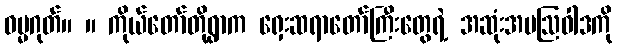
ဓမ္မဂုတ်။ ။ ကိုယ်တော်တို့ရွာက ရှေးဆရာတော်ကြီးတွေရဲ့ အဆုံးအမဩဝါဒကို